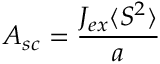
A _ { s c } = { \frac { J _ { e x } \langle S ^ { 2 } \rangle } { a } }